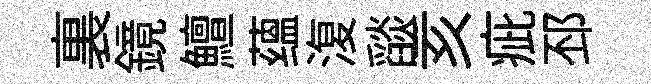
裏鏡鱣蕴𣸪𦦨亥疵邳